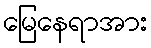
မြေနေရာအား